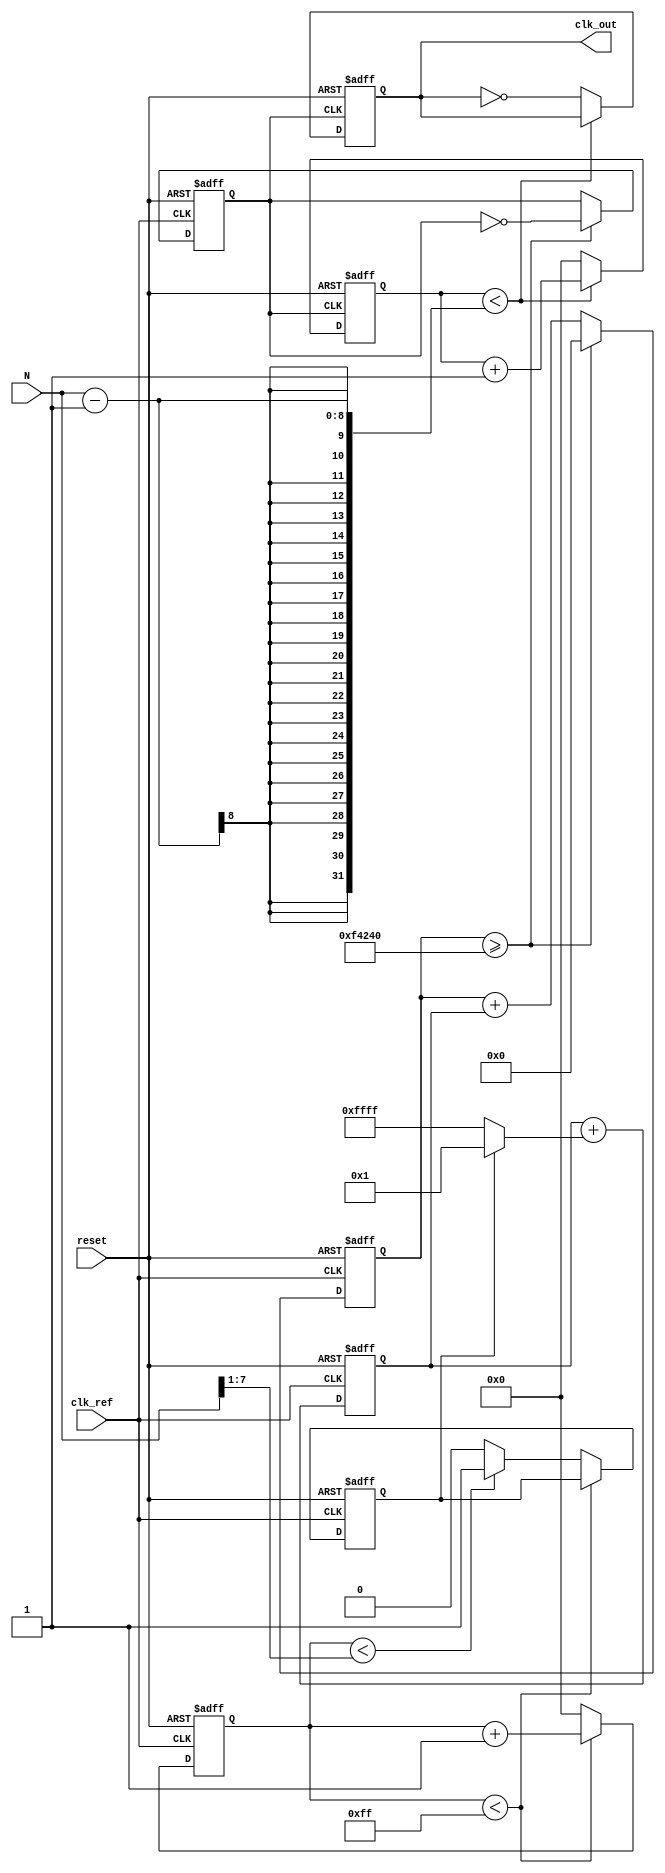
module integer_n_pll (
    input wire clk_ref,         // Reference clock input
    input wire reset,           // Reset signal
    input wire [7:0] N,         // Division factor (N)
    output wire clk_out         // Output clock
);

    // Phase Detector
    reg pd_error;               // Phase detector error signal
    reg [7:0] phase_count;      // Count for phase comparison

    // Loop Filter
    reg [15:0] loop_filter_out; // Control voltage from loop filter

    // Voltage-Controlled Oscillator
    reg [31:0] vco_counter;     // VCO counter
    reg vco_out;                // VCO output signal

    // Frequency Divider
    reg [7:0] divider_count;    // Count for frequency division
    reg clk_div;                // Divided clock output

    // Memory Block for configuration
    reg [7:0] memory_N;         // Memory to store the division factor N

    // Initial setup
    initial begin
        pd_error = 0;
        loop_filter_out = 0;
        vco_counter = 0;
        divider_count = 0;
        memory_N = N; // Store N in memory
    end

    // Phase Detector logic
    always @(posedge clk_ref or posedge reset) begin
        if (reset) begin
            phase_count <= 0;
            pd_error <= 0;
        end else begin
            // Simple phase comparison logic (for demonstration)
            if (phase_count < 8'd255) begin
                phase_count <= phase_count + 1;
            end else begin
                pd_error <= (phase_count < (N >> 1)) ? 1 : 0; // Phase error signal
                phase_count <= 0; // Reset count
            end
        end
    end

    // Loop Filter logic (simple first-order filter)
    always @(posedge clk_ref or posedge reset) begin
        if (reset) begin
            loop_filter_out <= 0;
        end else begin
            loop_filter_out <= loop_filter_out + (pd_error ? 1 : -1); // Adjust control voltage
        end
    end

    // Voltage-Controlled Oscillator logic
    always @(posedge clk_ref or posedge reset) begin
        if (reset) begin
            vco_counter <= 0;
            vco_out <= 0;
        end else begin
            vco_counter <= vco_counter + loop_filter_out; // Adjust frequency based on control voltage
            if (vco_counter >= 32'd1000000) begin // Example threshold for toggling
                vco_out <= ~vco_out;
                vco_counter <= 0; // Reset counter
            end
        end
    end

    // Frequency Divider logic
    always @(posedge vco_out or posedge reset) begin
        if (reset) begin
            divider_count <= 0;
            clk_div <= 0;
        end else begin
            if (divider_count < N - 1) begin
                divider_count <= divider_count + 1;
            end else begin
                clk_div <= ~clk_div; // Toggle divided clock output
                divider_count <= 0; // Reset count
            end
        end
    end

    // Output clock assignment
    assign clk_out = clk_div;

endmodule